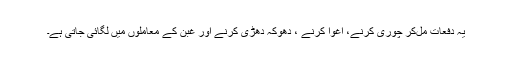
یہ دفعات مل‌کر چوری کرنے، اغوا کرنے ، دھوکہ دھڑی کرنے اور غبن کے معاملوں میں لگائی جاتی ہے۔